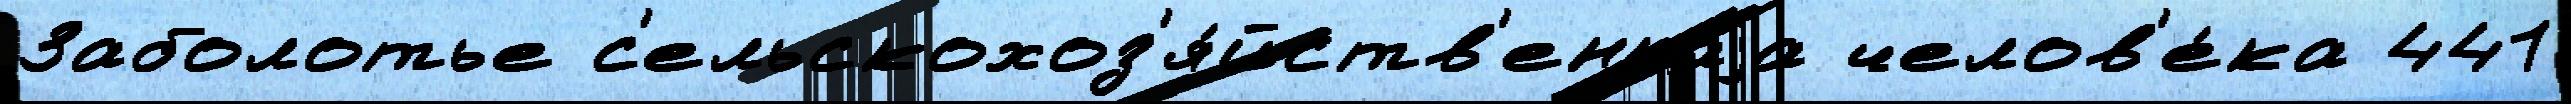
Заболотье с'ельскохоз'я́йств'еннаjа челов'е́ка 441